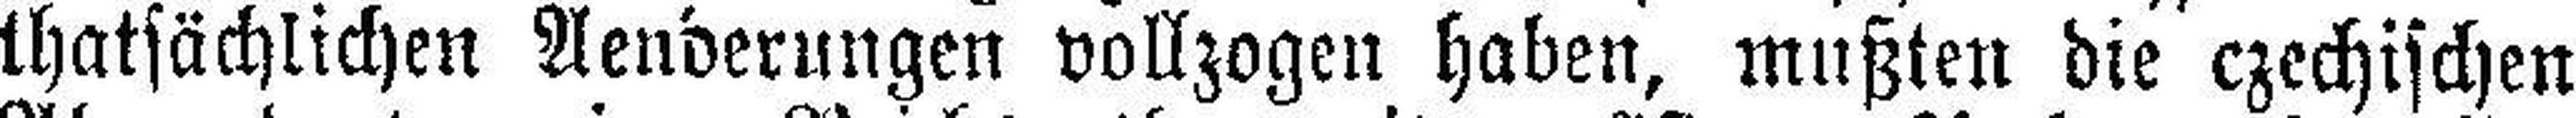
thatsächlichen Aenderungen vollzogen haben, mußten die czechischen